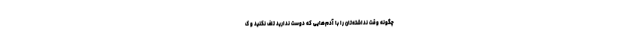
چگونه وقتِ نداشته‌تان را با آدم‌هایی که دوست ندارید تلف نکنید و ک